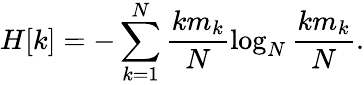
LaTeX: H[k]=-\sum_{k=1}^{N}\frac{km_{k}}{N}\log_{N}{\frac{km_{k}}{N}}.